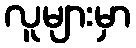
လူများမှာ